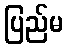
ပြည်မ